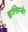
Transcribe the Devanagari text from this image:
बुल्लिन्जेर